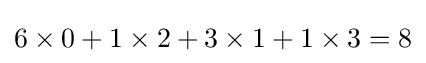
6\times 0+1\times 2+3\times 1+1\times 3=8